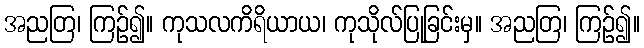
အညတြ၊ ကြဉ်၍။ ကုသလကိရိယာယ၊ ကုသိုလ်ပြုခြင်းမှ။ အညတြ၊ ကြဉ်၍။